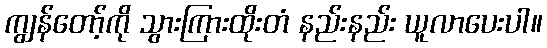
ကျွန်တော့်ကို သွားကြားထိုးတံ နည်းနည်း ယူလာပေးပါ။